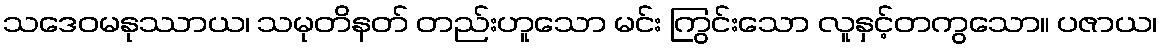
သဒေဝမနုဿာယ၊ သမုတိနတ် တည်းဟူသော မင်း ကြွင်းသော လူနှင့်တကွသော။ ပဇာယ၊